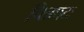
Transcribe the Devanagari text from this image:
चित्रपटः